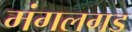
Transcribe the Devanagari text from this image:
मंगलगड